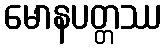
မောနပတ္တဿ